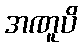
အဏူပိ